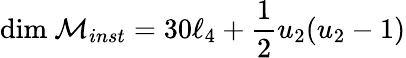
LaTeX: \mathrm{dim}\ {\cal M}_{inst}=30\ell_{4}+\frac 12u_{2}(u_{2}-1)